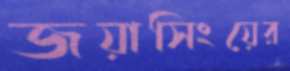
জয়াসিংয়ের